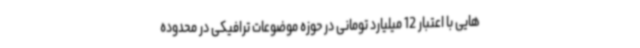
هایی با اعتبار 12 میلیارد تومانی در حوزه موضوعات ترافیکی در محدوده